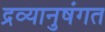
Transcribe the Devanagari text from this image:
द्रव्यानुषंगत